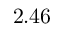
2 . 4 6